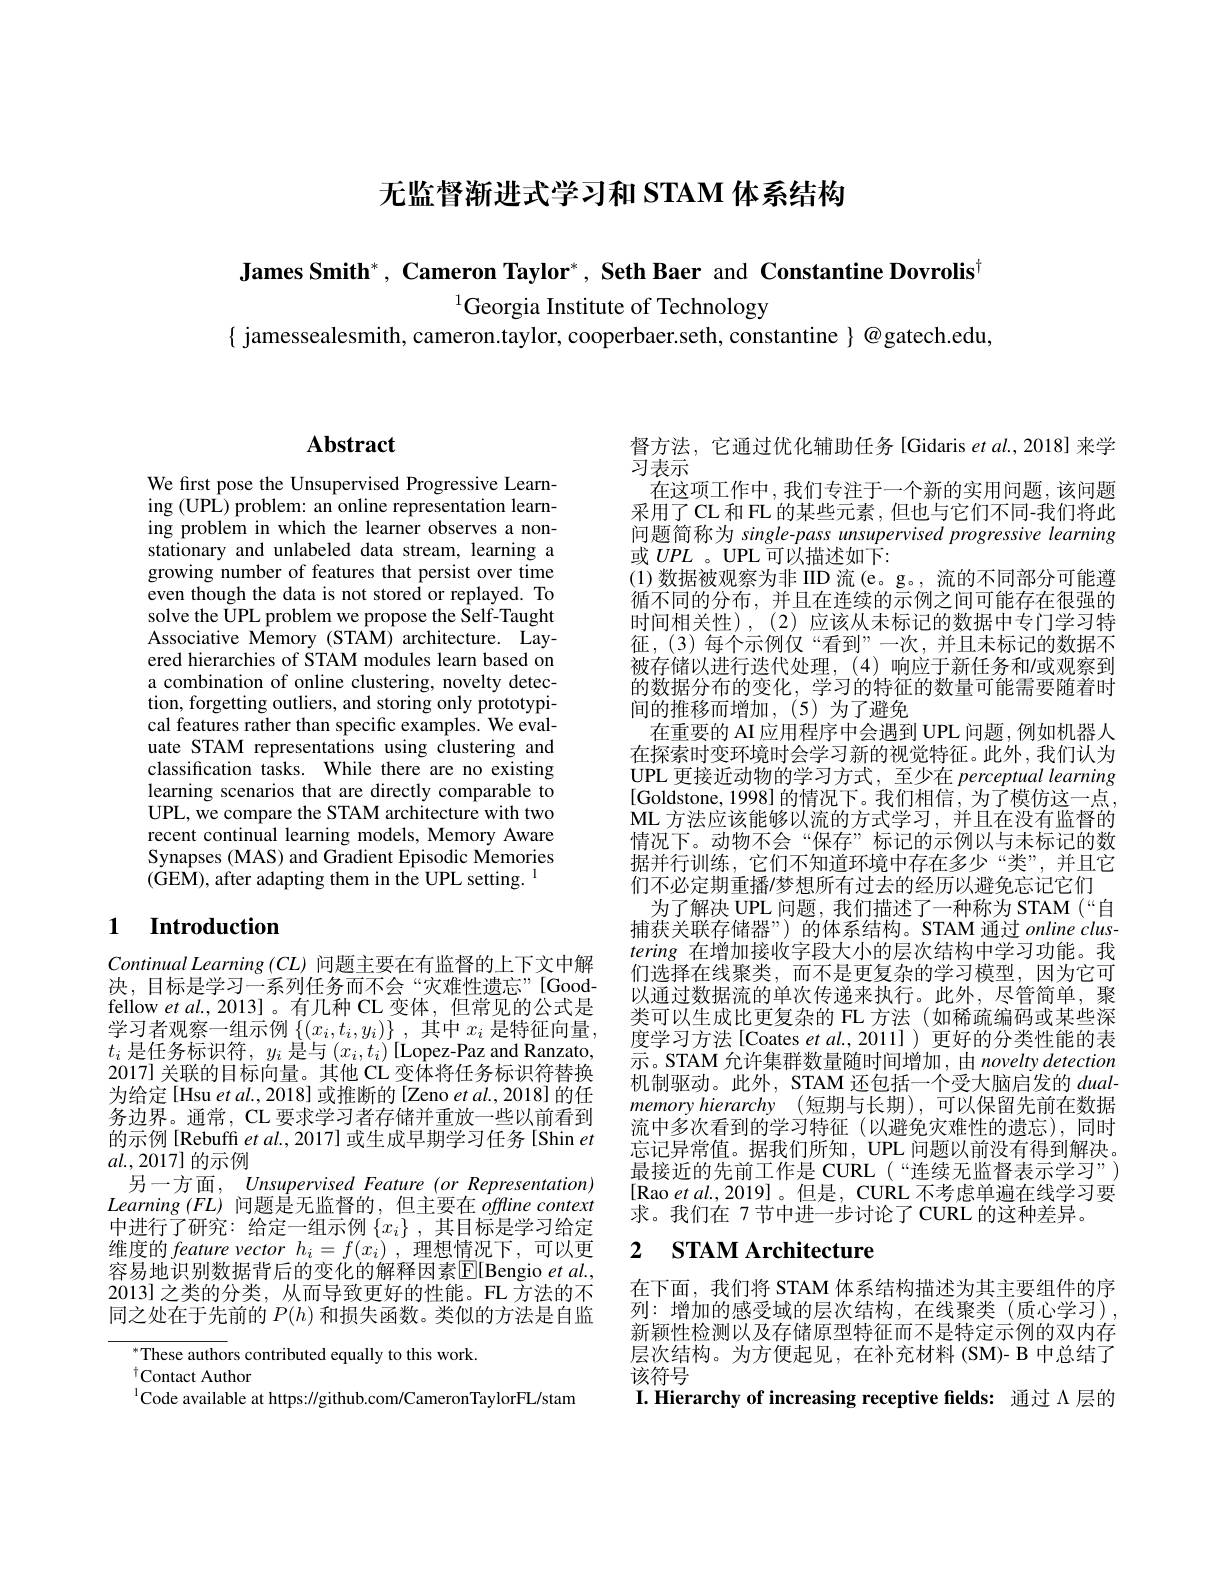
无监督渐进式学习和 STAM 体系结构

James Smith*, Cameron Taylor*, Seth Baer and Constantine Dovrolis

$^{1}$Georgia Institute of Technology
$\{$ jamessealesmith, cameron.taylor, cooperbaer.seth, constantine $\}@$gatech.edu,

## $\mathbf{Abstract}$

We first pose the Unsupervised Progressive Learning (UPL) problem: an online representation learning problem in which the learner observes a nonstationary and unlabeled data stream, learning a growing number of features that persist over time even though the data is not stored or replayed. To solve the UPL problem we propose the Self-Taught Associative Memory (STAM) architecture. Layered hierarchies of STAM modules learn based on a combination of online clustering, novelty detection, forgetting outliers, and storing only prototypical features rather than specific examples. We evaluate STAM representations using clustering and classification tasks. While there are no existing learning scenarios that are directly comparable to UPL, we compare the STAM architecture with two recent continual learning models, Memory Aware Synapses (MAS) and Gradient Episodic Memories (GEM), after adapting them in the UPL setting.$^\mathrm{l}$

## 1 Introduction

Continual Learning $(CL)$问题主要在有监督的上下文中解决，目标是学习一系列任务而不会“灾难性遗忘”[Good-1] fellow et al., 2013]。有几种 CL 变体，但常见的公式是学习者观察一组示例$\left\{(x_i,t_i,y_i)\right\}$,其中$x_i$ 是特征向量， $t_i$是任务标识符，$y_i$是与$(x_i,t_i)$ [Lopez-Paz and Ranzato, 2017] 关联的目标向量。其他 CL 变体将任务标识符替换为给定[Hsu et al., 2018] 或推断的[Zeno et al., 2018] 的任务边界。通常，CL 要求学习者存储并重放一些以前看到的示例 [Rebuffi et al., 2017] 或生成早期学习任务 [Shin et $al.,2017]$的示例
另一方面，Unsupervised Feature (or Representation) $Learning~(FL)~$问题是无监督的，但主要在 $offtine~context$ 中进行了研究：给定一组示例$\{x_i\}$ ,其目标是学习给定维度的 feature vector $h_i=f(x_i)$ ,理想情况下，可以更容易地识别数据背后的变化的解释因素$\mathbb{E}[$Bengio $et\textit{al. , }$ 2013] 之类的分类，从而导致更好的性能。FL 方法的不同之处在于先前的$P(h)$和损失函数。类似的方法是自监

These authors contributed equally to this work.

$^{\dagger}$Contact Author

$^{1}$Code available at https://github.com/CameronTaylorFL/stam

督方法，它通过优化辅助任务[Gidaris et al., 2018] 来学
习表示
在这项工作中，我们专注于一个新的实用问题，该问题采用了 CL 和 FL 的某些元素，但也与它们不同-我们将此问题简称为 single-pass unsupervised progressive learning 或$UPL$ 。UPL 可以描述如下：
(1)数据被观察为非 IID 流(e。g。, 流的不同部分可能遵循不同的分布，并且在连续的示例之间可能存在很强的时间相关性),(2)应该从未标记的数据中专门学习特征，(3)每个示例仅“看到”一次，并且未标记的数据不被存储以进行迭代处理，(4)响应于新任务和/或观察到的数据分布的变化，学习的特征的数量可能需要随着时间的推移而增加，(5)为了避免
在重要的 AI 应用程序中会遇到 UPL 问题，例如机器人在探索时变环境时会学习新的视觉特征。此外，我们认为UPL 更接近动物的学习方式，至少在 perceptual learning [Goldstone,1998]的情况下。我们相信，为了模仿这一点， ML 方法应该能够以流的方式学习，并且在没有监督的情况下。动物不会“保存”标记的示例以与未标记的数据并行训练，它们不知道环境中存在多少“类”,并且它们不必定期重播/梦想所有过去的经历以避免忘记它们
为了解决 UPL 问题，我们描述了一种称为 STAM (“自捕获关联存储器”) 的体系结构。STAM 通过 online clustering在增加接收字段大小的层次结构中学习功能。我们选择在线聚类，而不是更复杂的学习模型，因为它可以通过数据流的单次传递来执行。此外，尽管简单，聚类可以生成比更复杂的 FL 方法(如稀疏编码或某些深度学习方法[Coates et al.,2011])更好的分类性能的表示。STAM 允许集群数量随时间增加，由 novelty detection 机制驱动。此外，STAM 还包括一个受大脑启发的dualmemoryhierarchy $( 短 期 与 长 期 ) , 可 以 保 留 先 前 在 数 据$ 流中多次看到的学习特征(以避免灾难性的遗忘),同时忘记异常值。据我们所知，UPL 问题以前没有得到解决。最接近的先前工作是 CURL(“连续无监督表示学习”) [Rao et $al.,2019]$。但是，CURL 不考虑单遍在线学习要求。我们在 7 节中进一步讨论了 CURL 的这种差异。
2 $\textbf{STAM Architecture}$

在下面，我们将 STAM 体系结构描述为其主要组件的序列：增加的感受域的层次结构，在线聚类(质心学习), 新颖性检测以及存储原型特征而不是特定示例的双内存层次结构。为方便起见，在补充材料(SM)-B 中总结了该符号

I. Hierarchy of increasing receptive fields: 通过 Λ 层的